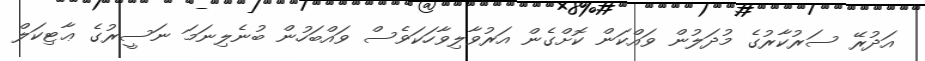
އަދުރޭ ސަރުކާރުގެ މުދަލުން ވައްކަން ކޮށްގެން އަރުވާލިވާހަކަވެސް ވައްބަހުން ބުނެލިނަަމަ ނަސީރުގެ ޢާޓިކަލް